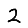
Digit: 2